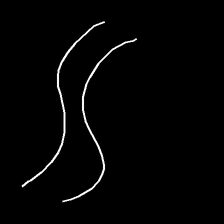
Glyph: float